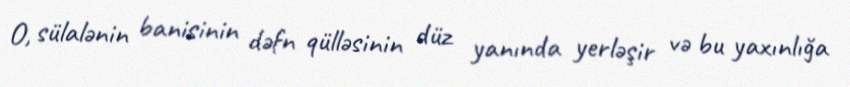
O, sülalənin banisinin dəfn qülləsinin düz yanında yerləşir və bu yaxınlığa